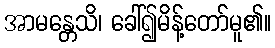
အာမန္တေသိ၊ ခေါ်၍မိန့်တော်မူ၏။